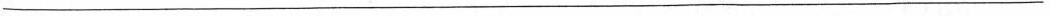
___